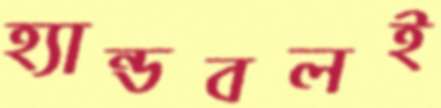
হ্যান্ডবলই